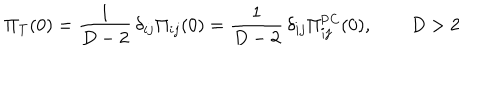
LaTeX: \Pi _ { \mathrm { T } } ( 0 ) = \frac { 1 } { D - 2 } \, \delta _ { i j } \Pi _ { i j } ( 0 ) = \frac { 1 } { D - 2 } \, \delta _ { i j } \Pi _ { i j } ^ { \mathrm { P C } } ( 0 ) , \qquad D > 2